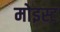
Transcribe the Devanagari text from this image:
मोइस्ट